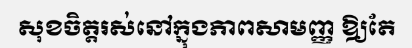
សុខចិត្តរស់នៅក្នុងភាពសាមញ្ញ ឱ្យតែ